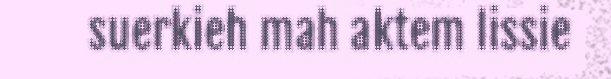
suerkieh mah aktem lissie